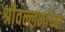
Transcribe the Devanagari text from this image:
श्रीवल्लभांच्या